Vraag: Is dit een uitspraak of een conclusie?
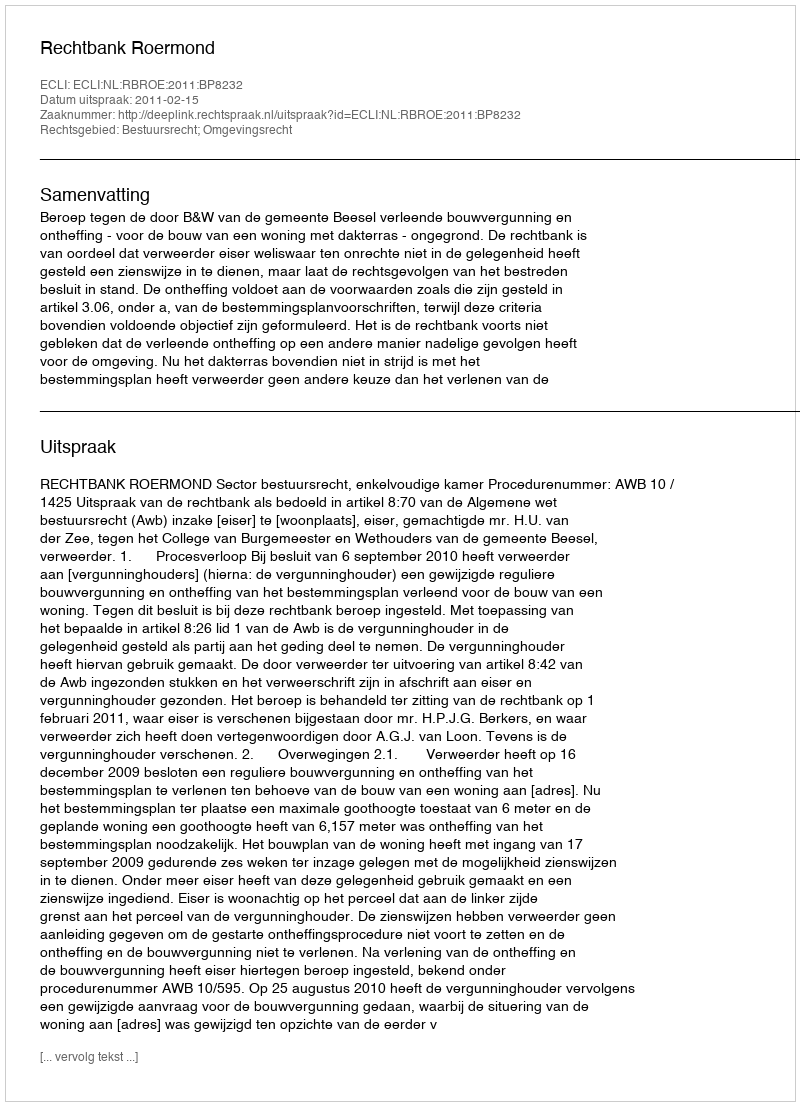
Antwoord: Uitspraak